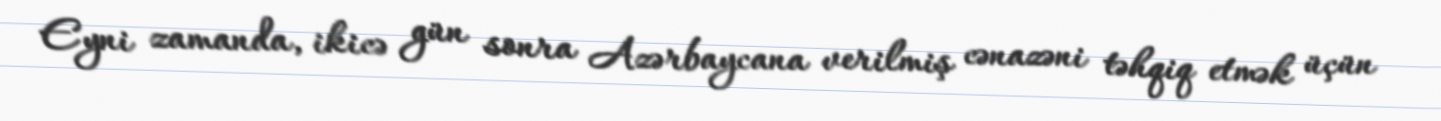
Eyni zamanda, ikicə gün sonra Azərbaycana verilmiş cənazəni təhqiq etmək üçün